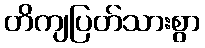
တိကျပြတ်သားစွာ